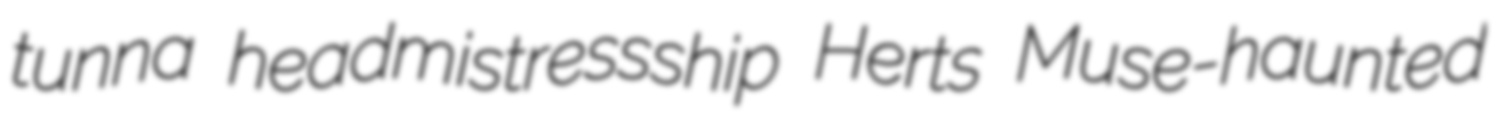
tunna headmistressship Herts Muse-haunted